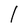
Character: l